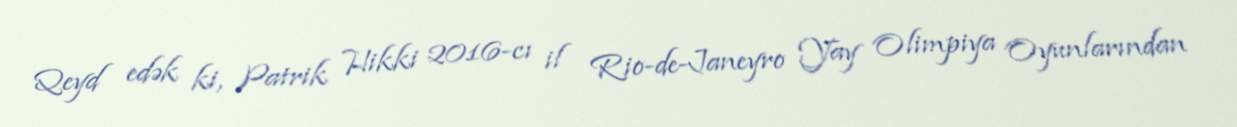
Qeyd edək ki, Patrik Hikki 2016-cı il Rio-de-Janeyro Yay Olimpiya Oyunlarından